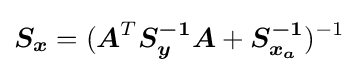
{\boldsymbol {S_{x}}}=({\boldsymbol {A}}^{T}{\boldsymbol {S_{y}^{-1}}}{\boldsymbol {A}}+{\boldsymbol {S_{x_{a}}^{-1}}})^{-1}